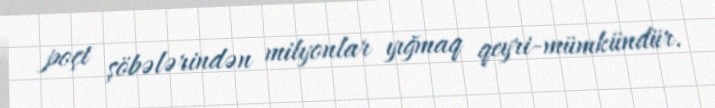
poçt şöbələrindən milyonlar yığmaq qeyri-mümkündür.